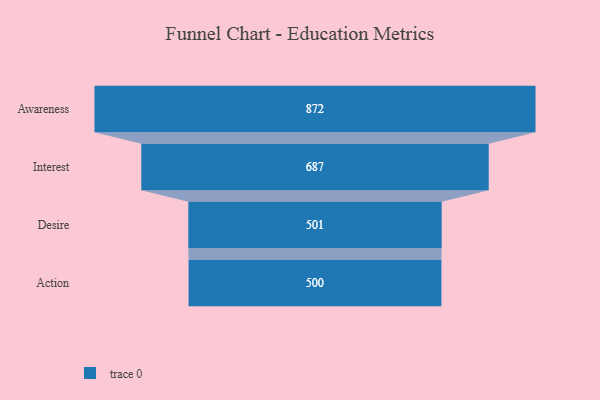
{"axis": {"x": "Stage", "y": "Value"}, "legend": [""], "data": [{"x": "Awareness", "y": 872.0, "type": ""}, {"x": "Interest", "y": 687.0, "type": ""}, {"x": "Desire", "y": 501.0, "type": ""}, {"x": "Action", "y": 500, "type": ""}]}